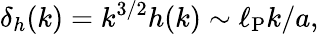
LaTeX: \delta_{h}(k)=k^{3/2}h(k)\sim\ell_{\mathrm{P}}k/a,